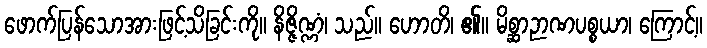
ဖောက်ပြန်သောအားဖြင့်သိခြင်းကို။ နိဇ္ဇိဏ္ဏံ၊ သည်။ ဟောတိ၊ ၏။ မိစ္ဆာဉာဏပစ္စယာ၊ ကြောင့်။